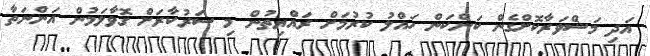
އަދި މަޝްވަރާކޮށްގެން ކަންކަން ހައްލު ކުރުމަށް ރައްޔިތުން މި ސަރުކާރަށް ގޮވާލަމުން އަންނަތާ